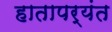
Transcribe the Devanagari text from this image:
हातापर्यंत